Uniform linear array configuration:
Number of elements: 48
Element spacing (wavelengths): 0.5
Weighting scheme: blackman
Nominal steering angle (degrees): -30
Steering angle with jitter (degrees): -30.969
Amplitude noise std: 0.05
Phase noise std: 0.05

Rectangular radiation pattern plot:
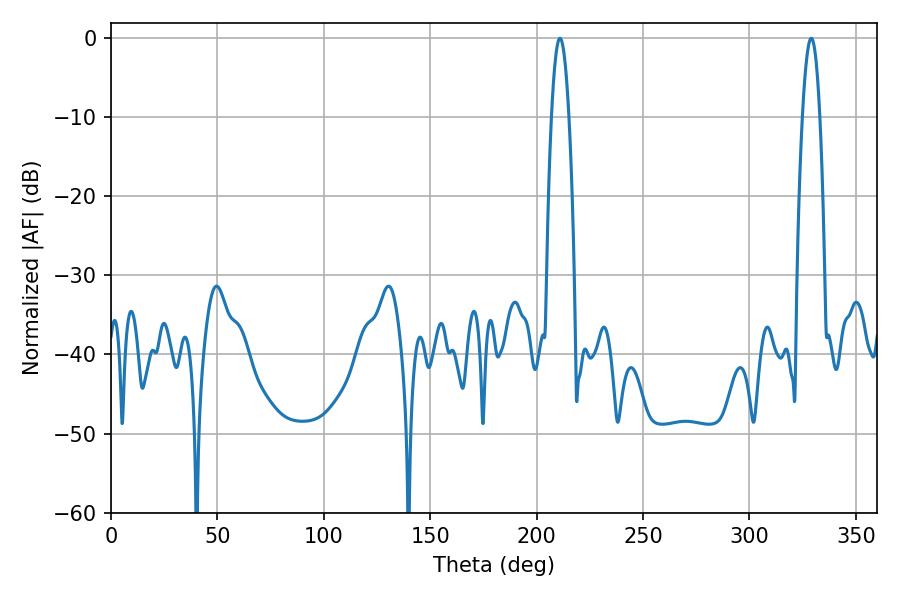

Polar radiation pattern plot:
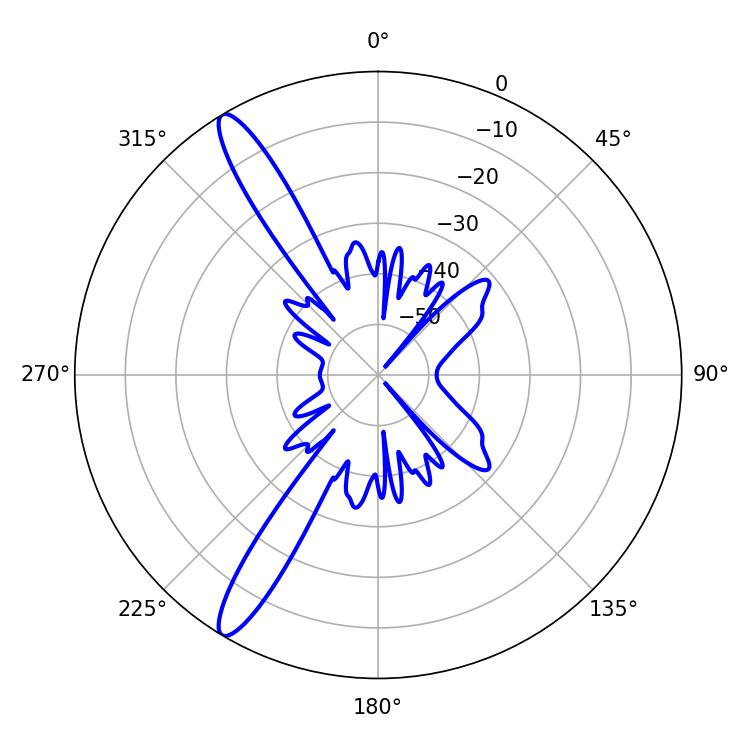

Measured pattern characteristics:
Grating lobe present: FALSE
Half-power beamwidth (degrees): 4.5
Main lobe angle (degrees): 329.04